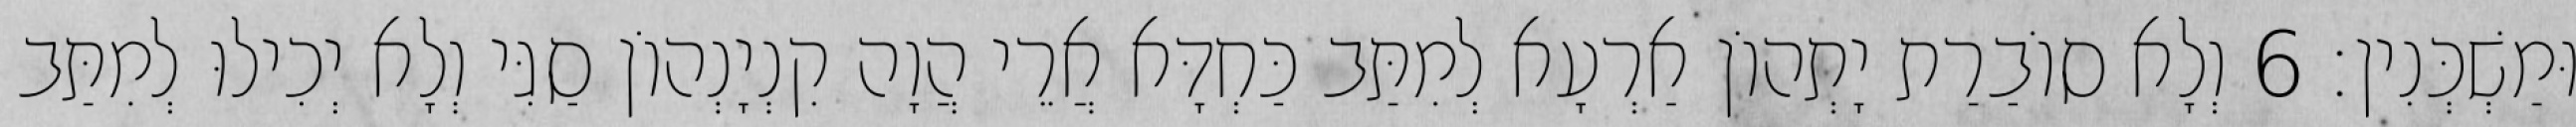
וּמַשְׁכְּנִין׃ 6 וְלָא סוֹבַרַת יָתְהוֹן אַרְעָא לְמִתַּב כַּחְדָּא אֲרֵי הֲוָה קִנְיָנְהוֹן סַגִּי וְלָא יְכִילוּ לְמִתַּב